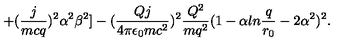
+ ( { \frac { j } { m c q } } ) ^ { 2 } \alpha ^ { 2 } \beta ^ { 2 } ] - ( { \frac { Q j } { 4 \pi \epsilon _ { 0 } m c ^ { 2 } } } ) ^ { 2 } { \frac { Q ^ { 2 } } { m q ^ { 2 } } } ( 1 - \alpha l n { \frac { q } { r _ { 0 } } } - 2 \alpha ^ { 2 } ) ^ { 2 } .